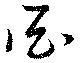
亜